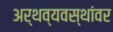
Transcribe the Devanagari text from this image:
अर्थव्यवस्थांवर